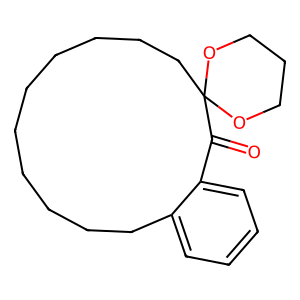
SMILES: O=C1c2ccccc2CCCCCCCCCCC12OCCCO2
Inhibits HIV replication: No